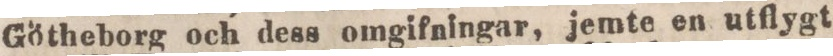
Götheborg och dess omgifningar, jemte en utflygt